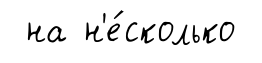
на н'е́сколько